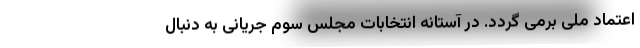
اعتماد ملی برمی گردد. در آستانه انتخابات مجلس سوم جریانی به دنبال